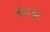
ધાધ